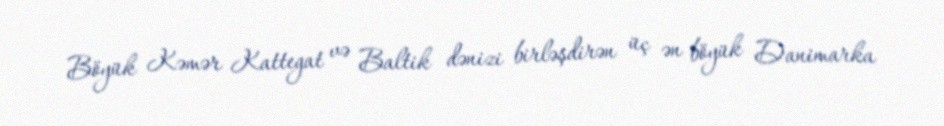
Böyük Kəmər Kattegat və Baltik dənizi birləşdirən üç ən böyük Danimarka